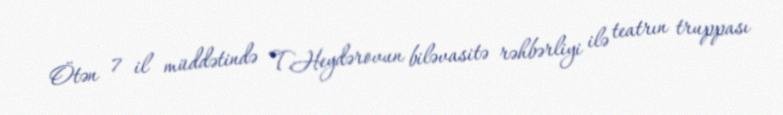
Ötən 7 il müddətində T.Heydərovun biləvasitə rəhbərliyi ilə teatrın truppası